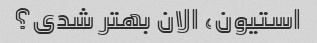
استیون، الان بهتر شدی؟